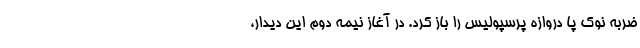
ضربه نوک پا دروازه پرسپولیس را باز کرد. در آغاز نیمه دوم این دیدار،